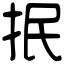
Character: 抿